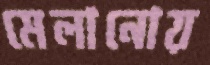
মেলানোয়